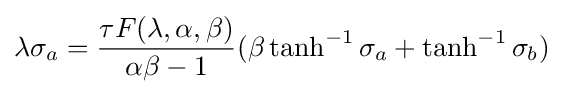
\lambda \sigma _{a}={\frac {\tau F(\lambda ,\alpha ,\beta )}{\alpha \beta -1}}(\beta \tanh ^{-1}\sigma _{a}+\tanh ^{-1}\sigma _{b})